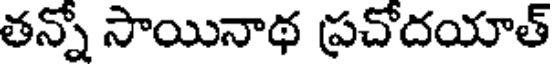
తన్నో సాయినాథ ప్రచోదయాత్